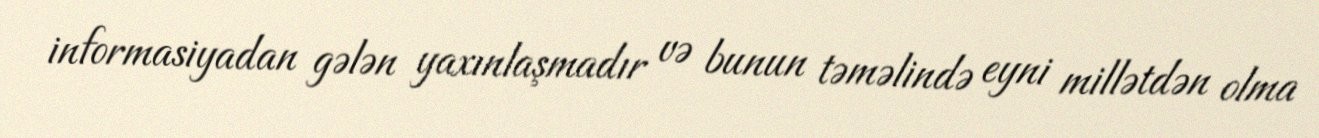
informasiyadan gələn yaxınlaşmadır və bunun təməlində eyni millətdən olma